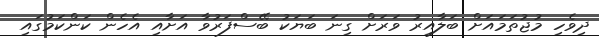
ދިވެހި މުޖުތަމައަށް ބަލާއިރު ވަރަށް ގިނަ ބަޔަކު ބޭސްފަރުވާ އަށާއި އެހެން ކަންކަމުގައި